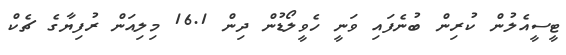
ޓީސީއެލުން ކުރިން ބުނެފައި ވަނީ ހެވީލޯޑުން ދިން 16.1 މިލިއަން ރުފިޔާގެ ޗެކް